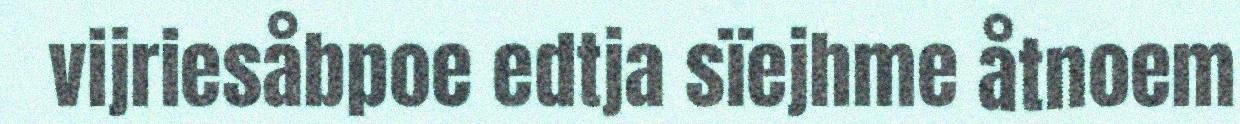
vijriesåbpoe edtja sïejhme åtnoem